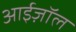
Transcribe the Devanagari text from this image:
आईज़ॉल